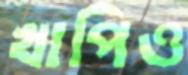
খাপিও